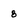
Character: 8